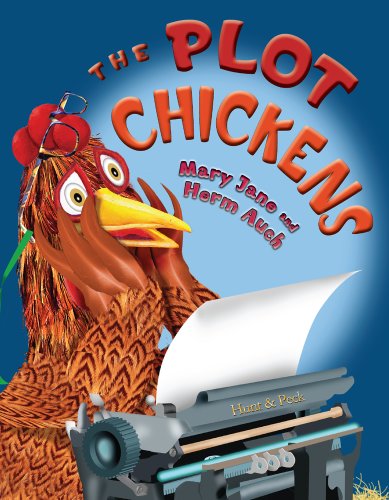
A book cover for The Plot Chickens; Mary Jane Auch; Children's Books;